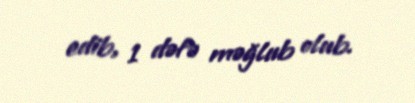
edib, 1 dəfə məğlub olub.